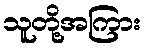
သူတို့အကြား